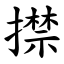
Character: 㩒